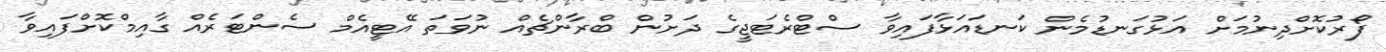
ފޯރުކޮށްދިނުމަށް އަޅުގަނޑުމެން ކަނޑައަޅާފައިވާ ސްޓްރެޓަޖީގެ ދަށުން ބްރާންޗެއް ނުވަތަ އޭޓީއެމް ސެންޓަރެެއް ގާއިމްކޮށްފައިވާ